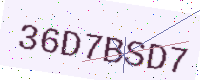
Text: 36D7BSD7